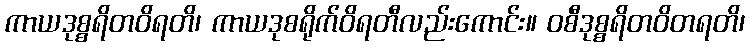
ကာယဒုစ္စရိတဝိရတိ၊ ကာယဒုစရိုက်ဝိရတီလည်းကောင်း။ ဝစီဒုစ္စရိတဝိတရတိ၊